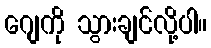
ဂျေကို သွားချင်လို့ပါ။